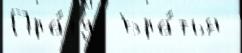
Пра́гу  Бра́тья